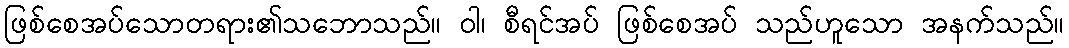
ဖြစ်စေအပ်သောတရား၏သဘောသည်။ ဝါ၊ စီရင်အပ် ဖြစ်စေအပ် သည်ဟူသော အနက်သည်။